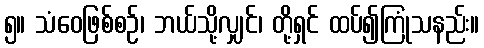
၅။ သံဝေဖြစ်စဉ်၊ ဘယ်သို့လျှင်၊ တို့ရှင် ထပ်၍ကြုံသနည်း။